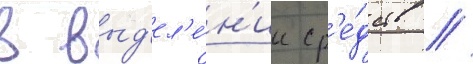
в выд'ел'е́н'ии ср'е́дств //